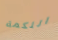
اللكمة